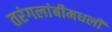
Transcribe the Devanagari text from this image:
तरंगलांबीमधली